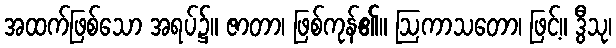
အထက်ဖြစ်သော အရပ်၌။ ဇာတာ၊ ဖြစ်ကုန်၏။ ဩကာသတော၊ ဖြင့်။ ဒွီသု၊